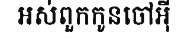
អស់ពួកកូនចៅអ៊ី